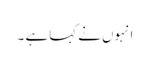
انہوں نے کہا ہے ۔